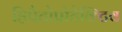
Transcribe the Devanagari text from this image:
हिपैटोप्रोटेक्टिव